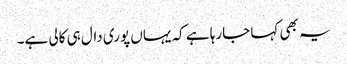
یہ بھی کہا جارہا ہے کہ یہاں پوری دال ہی کالی ہے۔